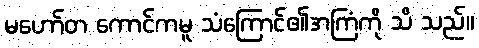
မဟော်တ ကောင်ကမူ သံကြောင်၏အကြံကို သိ သည်။